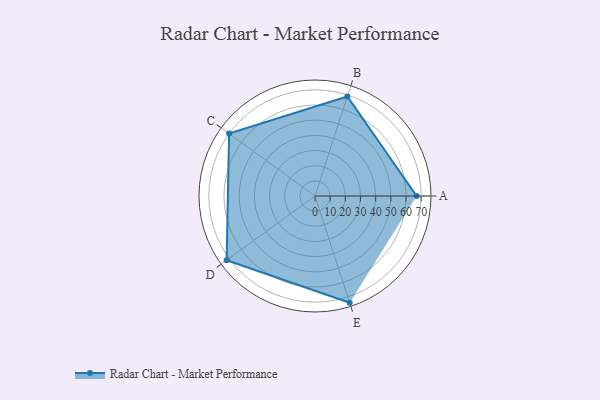
{"axis": {"x": "Skill", "y": "Score"}, "legend": ["Profile"], "data": [{"x": "A", "y": 67.0, "type": "Profile"}, {"x": "B", "y": 69.0, "type": "Profile"}, {"x": "C", "y": 70.0, "type": "Profile"}, {"x": "D", "y": 72.0, "type": "Profile"}, {"x": "E", "y": 74.0, "type": "Profile"}]}